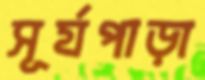
সূর্যপাড়া